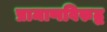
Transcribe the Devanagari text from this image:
प्रामाणविरुद्ध